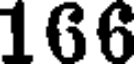
166